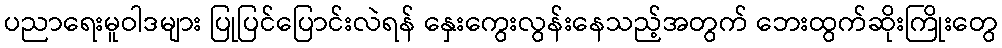
ပညာရေးမူဝါဒများ ပြုပြင်ပြောင်းလဲရန် နှေးကွေးလွန်းနေသည့်အတွက် ဘေးထွက်ဆိုးကြိုးတွေ